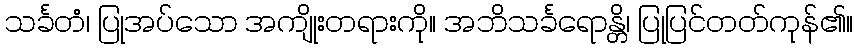
သင်္ခတံ၊ ပြုအပ်သော အကျိုးတရားကို။ အဘိသင်္ခရောန္တိ၊ ပြုပြင်တတ်ကုန်၏။